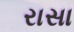
રાસા